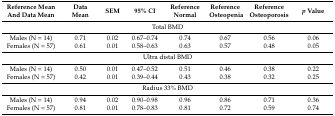
<table><thead><tr><td><b>Reference Mean And Data Mean</b></td><td><b>Data Mean</b></td><td><b>SEM</b></td><td><b>95% CI</b></td><td><b>Reference Normal</b></td><td><b>Reference Osteopenia</b></td><td><b>Reference Osteoporosis</b></td><td><b><i>p</i> Value</b></td></tr></thead><tbody><tr><td colspan="8">Total BMD</td></tr><tr><td>Males (N = 14)</td><td>0.71</td><td>0.02</td><td>0.67–0.74</td><td>0.74</td><td>0.67</td><td>0.56</td><td>0.06</td></tr><tr><td>Females (N = 57)</td><td>0.61</td><td>0.01</td><td>0.58–0.63</td><td>0.63</td><td>0.57</td><td>0.48</td><td>0.05</td></tr><tr><td colspan="8">Ultra distal BMD</td></tr><tr><td>Males (N = 14)</td><td>0.50</td><td>0.01</td><td>0.47–0.52</td><td>0.51</td><td>0.46</td><td>0.38</td><td>0.22</td></tr><tr><td>Females (N = 57)</td><td>0.42</td><td>0.01</td><td>0.39–0.44</td><td>0.43</td><td>0.38</td><td>0.32</td><td>0.25</td></tr><tr><td colspan="8">Radius 33% BMD</td></tr><tr><td>Males (N = 14)</td><td>0.94</td><td>0.02</td><td>0.90–0.98</td><td>0.96</td><td>0.86</td><td>0.71</td><td>0.36</td></tr><tr><td>Females (N = 57)</td><td>0.81</td><td>0.01</td><td>0.78–0.83</td><td>0.81</td><td>0.72</td><td>0.59</td><td>0.74</td></tr></tbody></table>